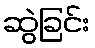
ဆွဲခြင်း